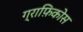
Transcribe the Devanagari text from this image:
ग्राफ़िकोस